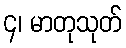
၄၊ မာတုသုတ်